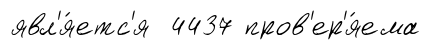
явл'я́етс'я 4437 пров'ер'я́ема